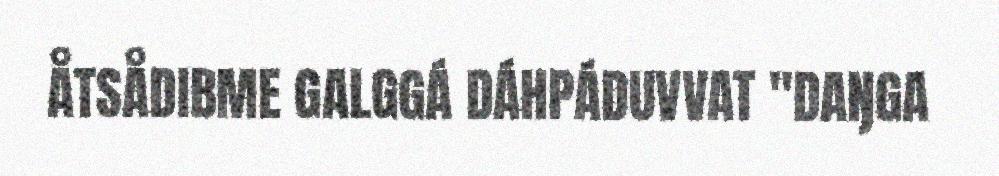
ÅTSÅDIBME GALGGÁ DÁHPÁDUVVAT "DAŊGA